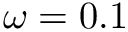
\omega = 0 . 1